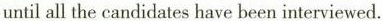
until all the candidates have been interviewed.